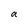
Character: a